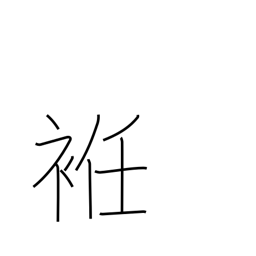
Meaning: gore